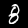
Digit: 8